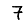
Digit: 7